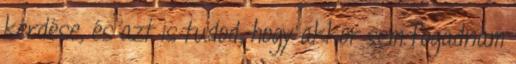
kérdése, és azt is tudod, hogy akkor sem fogadnám